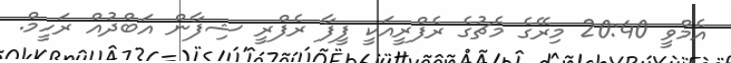
އެމްވީ 20:40 މިރޭގެ މެޗުގެ ރެފްރީއަކީ ފީފާ ރެފްރީ ޝިފާން އަބްދުއް ރަހީމް.